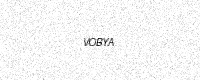
Text: VOBYA